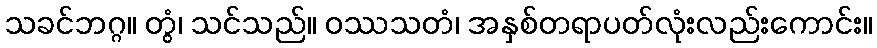
သခင်ဘဂ္ဂ။ တွံ၊ သင်သည်။ ဝဿသတံ၊ အနှစ်တရာပတ်လုံးလည်းကောင်း။